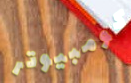
كومبيوتر